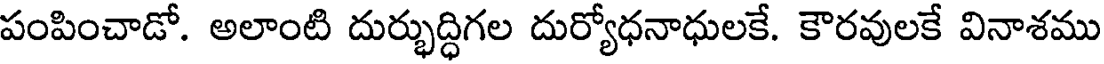
పంపించాడో. అలాంటి దుర్భుద్ధిగల దుర్యోధనాధులకే. కౌరవులకే వినాశము